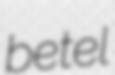
betel